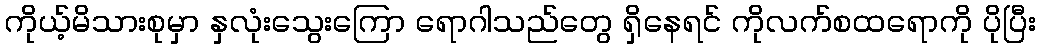
ကိုယ့်မိသားစုမှာ နှလုံးသွေးကြော ရောဂါသည်တွေ ရှိနေရင် ကိုလက်စထရောကို ပိုပြီး